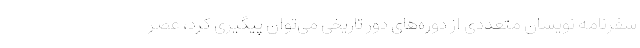
سفرنامه نویسان متعددی از دوره‌های دور تاریخی می‌توان پیگیری کرد، عصر